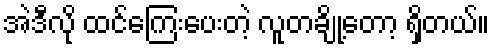
အဲဒီလို ထင်ကြေးပေးတဲ့ လူတချို့တော့ ရှိတယ်။